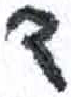
אות: ד